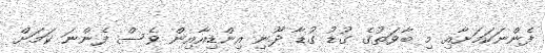
ފެންނަކަމަށާއި މި ބާވަތުގެ ގުޑު ގުޑާ ދޫނި އިންޑިއާއިން ވެސް ފެންނަ ކަމަށް